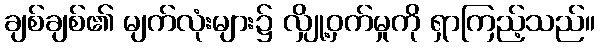
ချစ်ချစ်၏ မျက်လုံးများ၌ လျှို့ဝှက်မှုကို ရှာကြည့်သည်။